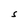
Character: S